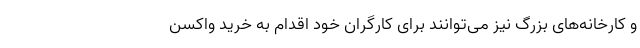
و کارخانه‌های بزرگ نیز می‌توانند برای کارگران خود اقدام به خرید واکسن